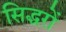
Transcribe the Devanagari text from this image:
सिद्धरों